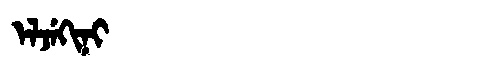
Manchu: ᡝᠯᠵᡝᡴᡳᠨᡳ
Romanization: ELJEKINI